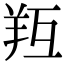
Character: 𦍞